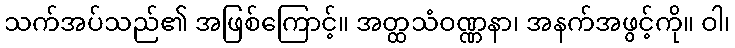
သက်အပ်သည်၏ အဖြစ်ကြောင့်။ အတ္ထသံဝဏ္ဏနာ၊ အနက်အဖွင့်ကို။ ဝါ၊